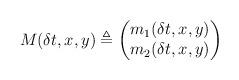
LaTeX: \begin{align*}M( \delta t, x,y) \triangleq\begin{pmatrix} m_1(\delta t, x,y)\\m_2(\delta t, x,y)\\\end{pmatrix}\end{align*}